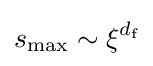
s_{\max }\sim \xi ^{d_{\text{f}}}\,\!